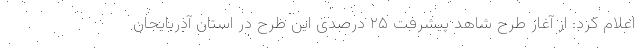
اعلام کرد: از آغاز طرح شاهد پیشرفت ۲۵ درصدی این طرح در استان آذربایجان